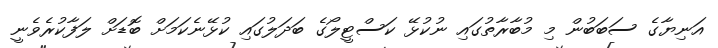
އަނިޔާގެ ސަބަބުން މި މުބާރާތުގައި ނުކުޅޭ ކަސްޓީލޯގެ ބަދަލުގައި ކުޅޭނެކަމަށް ބޮޑަށް ލަފާކުރެވެނީ